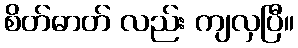
စိတ်ဓာတ် လည်း ကျလှပြီ။